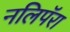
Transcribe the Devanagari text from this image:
नलिपॅरा